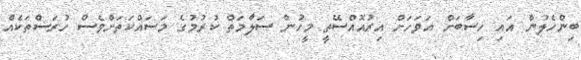
ބިންހެލުން އައި ހިސާބަށް އަވަހަށް އިރުއޮއްސޭތީ މީހުން ސަލާމަތް ކުރުމުގެ މަސައްކަތަށްވެސް ހުރަސްތަކެއް